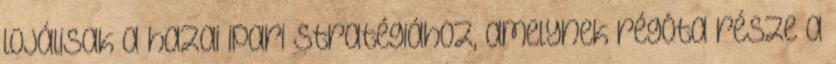
lojálisak a hazai ipari stratégiához, amelynek régóta része a